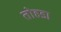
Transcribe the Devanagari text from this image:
तोहडा